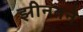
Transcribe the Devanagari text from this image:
झीनतने